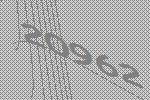
20962